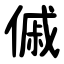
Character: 傶